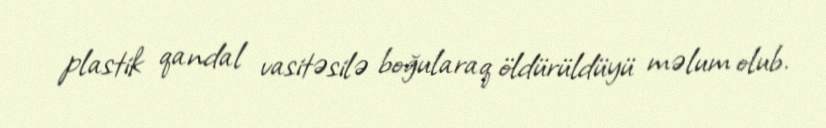
plastik qandal vasitəsilə boğularaq öldürüldüyü məlum olub.